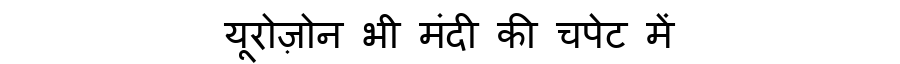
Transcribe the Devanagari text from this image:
यूरोज़ोन भी मंदी की चपेट में